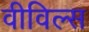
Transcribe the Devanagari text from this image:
वीविल्स